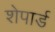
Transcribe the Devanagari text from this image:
शेपार्ड